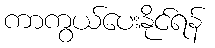
ကာကွယ်ပေးနိုင်ရန်